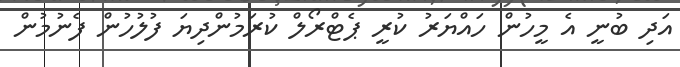
އަދި ބުނީ އެ މީހުން ހައްޔަރު ކުރީ ޕެޓްރޯލް ކުރަމުންދިޔަ ފުލުހުން ފެނުމުން